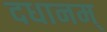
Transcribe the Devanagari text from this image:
दधानम्‌